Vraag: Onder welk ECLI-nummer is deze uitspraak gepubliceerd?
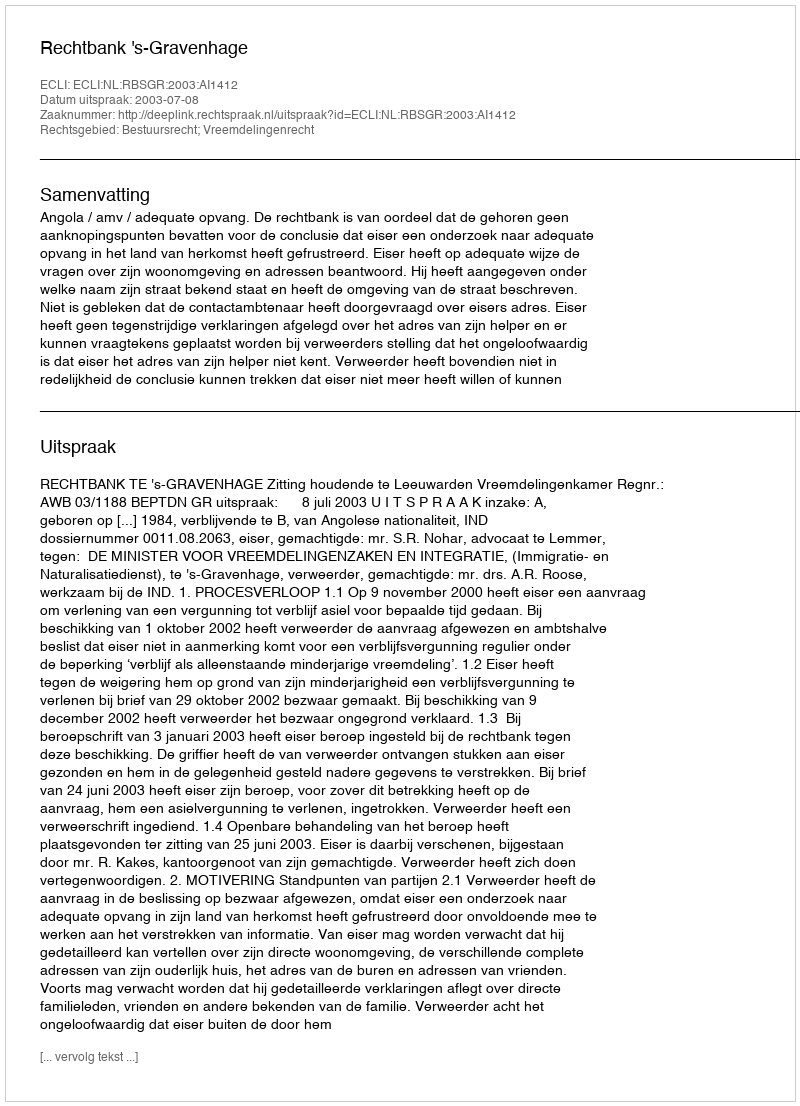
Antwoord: ECLI:NL:RBSGR:2003:AI1412